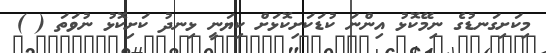
މިކަށިގަނޑުގެ ނިމޭކޮޅު އިންނަ ކުޑަކަށިކޮޅަށް ކިޔަނީ ޅިނދު ކަށިކޮޅު ނުވަތަ ( )